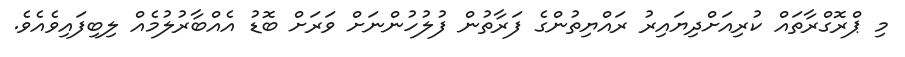
މި ޕްރޮގްރާތައް ކުރިއަށްދިޔައިރު ރައްޔިތުންގެ ފަރާތުން ފުލުހުންނަށް ވަރަށް ބޮޑު އެއްބާރުލުމެއް ލިބިފައިވެއެވެ.